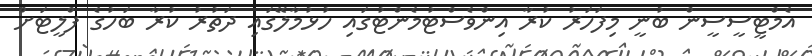
އެމްޓީސީސީން ބުނީ މިފަހަރު ކުރާ އިންވެސްޓުމެންޓުގައި ހުޅުމާލޭގައި ދަތުރު ކުރާ ބަހުގެ ފްލީޓަށް